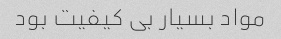
مواد بسیار بی کیفیت بود